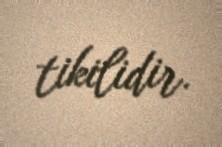
tikilidir.